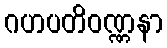
ဂဟပတိဝဏ္ဏနာ